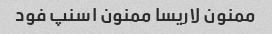
ممنون لاریسا ممنون اسنپ فود